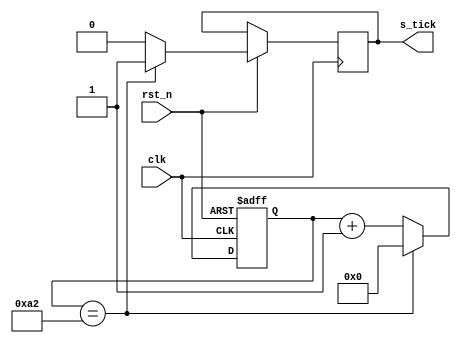
// This program was cloned from: https://github.com/AngeloJacobo/FPGA_RealTime_and_Static_Sobel_Edge_Detection
// License: MIT License

`timescale 1ns / 1ps

module baud_generator#(parameter N=163,N_width=8)
	(
	input clk,rst_n,
	output reg s_tick
    );
	 reg[N_width-1:0] counter=0;
	 always @(posedge clk,negedge rst_n) begin
		if(!rst_n) counter<=0;
		else begin
			s_tick=0;
			if(counter==N-1) begin
				s_tick=1;
				counter<=0;
			end
			else begin
				counter<=counter+1;
			end
			
		end
	 end
	 
endmodule